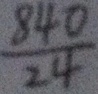
\frac { 8 4 0 } { 2 4 }